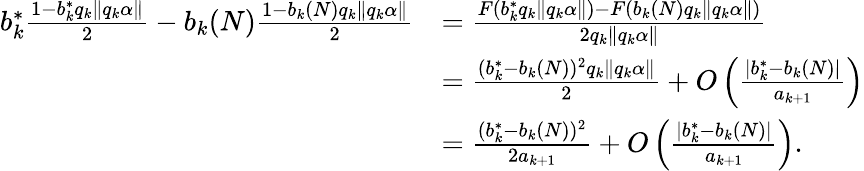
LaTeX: \begin{array}{rl}{b_{k}^{*}\frac{1-b_{k}^{*}q_{k}\| q_{k}\alpha\| }{2}-b_{k}(N)\frac{1-b_{k}(N)q_{k}\| q_{k}\alpha\| }{2}}&{=\frac{F(b_{k}^{*}q_{k}\| q_{k}\alpha\| )-F(b_{k}(N)q_{k}\| q_{k}\alpha\| )}{2q_{k}\| q_{k}\alpha\| }}\\ &{=\frac{(b_{k}^{*}-b_{k}(N))^{2}q_{k}\| q_{k}\alpha\| }{2}+O\left(\frac{|b_{k}^{*}-b_{k}(N)|}{a_{k+1}}\right)}\\ &{=\frac{(b_{k}^{*}-b_{k}(N))^{2}}{2a_{k+1}}+O\left(\frac{|b_{k}^{*}-b_{k}(N)|}{a_{k+1}}\right).}\end{array}